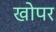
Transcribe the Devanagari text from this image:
खोपर